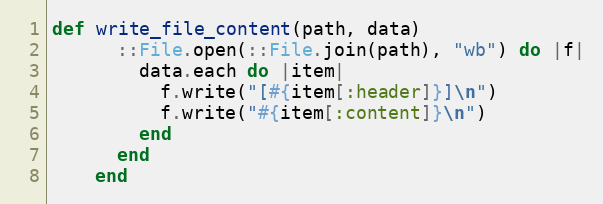
Language: Ruby
def write_file_content(path, data)
      ::File.open(::File.join(path), "wb") do |f|
        data.each do |item|
          f.write("[#{item[:header]}]\n")
          f.write("#{item[:content]}\n")
        end
      end
    end